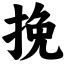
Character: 挽